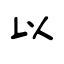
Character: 以